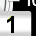
Digit: 1